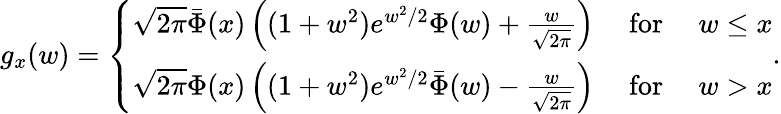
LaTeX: g_{x}(w)=\left\{ \begin{array}{ll}{\sqrt{2\pi}\bar{\Phi}(x)\left((1+w^{2})e^{w^{2}/2}\Phi(w)+\frac{w}{\sqrt{2\pi}}\right)}&{\mathrm{~for~}\quad w\leq x}\\ {\sqrt{2\pi}\Phi(x)\left((1+w^{2})e^{w^{2}/2}\bar{\Phi}(w)-\frac{w}{\sqrt{2\pi}}\right)}&{\mathrm{~for~}\quad w>x}\end{array}\right..